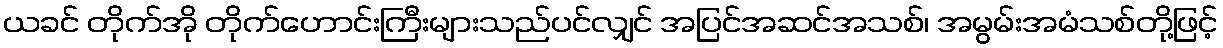
ယခင် တိုက်အို တိုက်ဟောင်းကြီးများသည်ပင်လျှင် အပြင်အဆင်အသစ်၊ အမွမ်းအမံသစ်တို့ဖြင့်